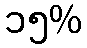
၁၅%